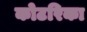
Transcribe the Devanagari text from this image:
कोटरिका